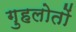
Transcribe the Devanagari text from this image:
गुहलोतों